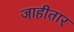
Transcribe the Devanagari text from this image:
जाहीतार